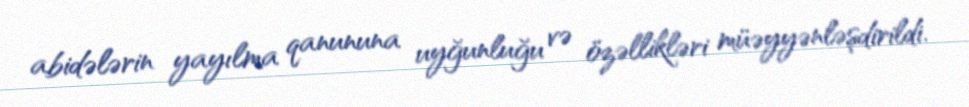
abidələrin yayılma qanununa uyğunluğu və özəllikləri müəyyənləşdirildi.